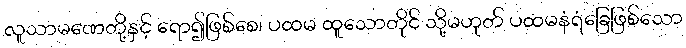
လူသာမဏေတို့နှင့် ရော၍ဖြစ်စေ၊ ပထမ ထူသောတိုင် သို့မဟုတ် ပထမနံရံခြေဖြစ်သော